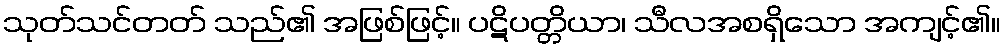
သုတ်သင်တတ် သည်၏ အဖြစ်ဖြင့်။ ပဋိပတ္တိယာ၊ သီလအစရှိသော အကျင့်၏။